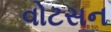
વોટસન